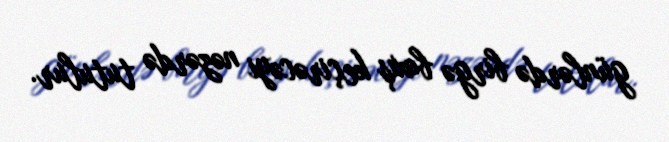
günlərdə birgə baxış keçirəcəyi nəzərdə tutulur.